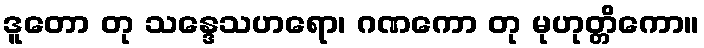
ဒူတော တု သန္ဒေသဟရော၊ ဂဏကော တု မုဟုတ္တိကော။